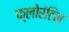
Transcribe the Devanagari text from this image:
फ्लोरंटिन